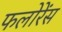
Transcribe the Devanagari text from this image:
फलोरेंस